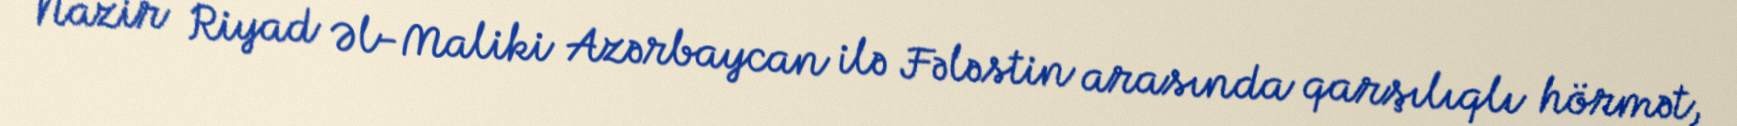
Nazir Riyad Əl-Maliki Azərbaycan ilə Fələstin arasında qarşılıqlı hörmət,